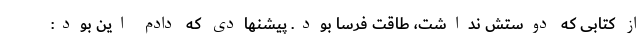
از کتابی که دوستش نداشت، طاقت فرسا بود. پیشنهادی که دادم این بود: